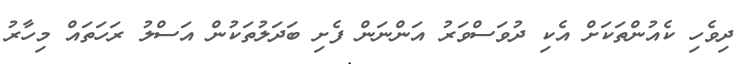
ދިވެހި ކެއުންތަކަށް އެކި ދުވަސްވަރު އަންނަން ފެށި ބަދަލުތަކުން އަސްލު ރަހަތައް މިހާރު